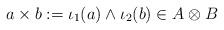
LaTeX: \begin{align*}a \times b := \iota_1(a) \wedge \iota_2(b) \in A \otimes B\end{align*}